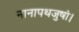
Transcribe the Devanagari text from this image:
नानापथजुषां।